Indian journal of veterinary science and animal husbandry - Volumes 18-21, 1948-1951
Year: 1948
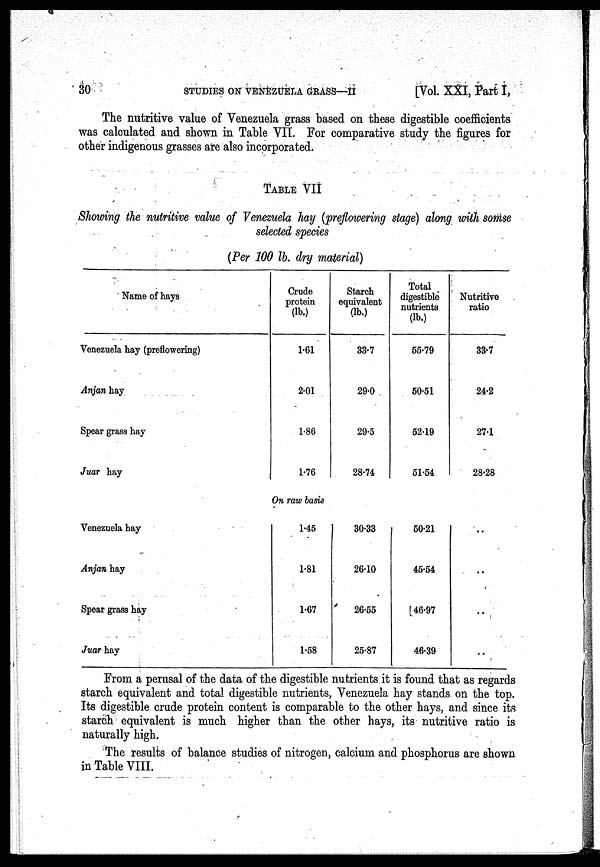
30
STUDIES ON VENEZUELA GRASS—II
[Vol. XXI, Part I,
The nutritive value of Venezuela grass based on these digestible coefficients
was calculated and shown in Table VII. For comparative study the figures for
other indigenous grasses are also incorporated.
TABLE VII
Showing the nutritive value of Venezuela hay (preflowering stage) along with somse
selected species
(Per 100 lb. dry material)
Name of hays
Venezuela hay (preflowering)
Anjan hay
Spear grass hay
Juar hay
Crude
protein
(lb.)
1.61
2.01
1.86
1.76
Starch
equivalent
(lb.)
33.7
29.0
29.5
28.74
Total
digestible
nutrients
(lb.)
55.79
50.51
52.19
51.54
Nutritive
ratio
33.7
24.2
27.1
28.28
On raw basis
Venezuela hay
Anjan hay
Spear grass hay
Juar hay
1.45
1.81
1.67
1.58
30.33
26.10
26.55
25.87
50.21
45.54
46.97
46.39
..
..
..
..
From a perusal of the data of the digestible nutrients it is found that as regards
starch equivalent and total digestible nutrients, Venezuela hay stands on the top.
Its digestible crude protein content is comparable to the other hays, and since its
starch equivalent is much higher than the other hays, its nutritive ratio is
naturally high.
The results of balance studies of nitrogen, calcium and phosphorus are shown
in Table VIII.